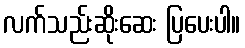
လက်သည်းဆိုးဆေး ပြပေးပါ။